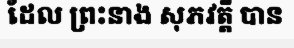
ដែល ព្រះនាង សុភវត្តី បាន